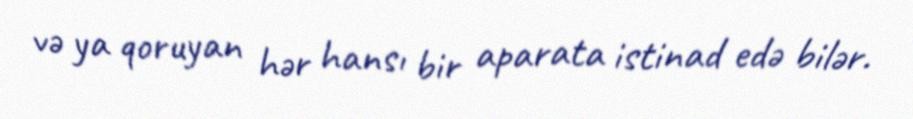
və ya qoruyan hər hansı bir aparata istinad edə bilər.